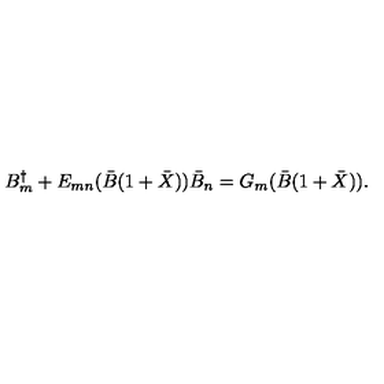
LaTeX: B _ { m } ^ { \dagger } + E _ { m n } ( \bar { B } ( 1 + \bar { X } ) ) \bar { B } _ { n } = G _ { m } ( \bar { B } ( 1 + \bar { X } ) ) .